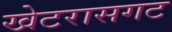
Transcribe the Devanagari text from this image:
खेटरासगट